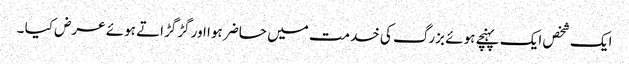
ایک شخص ایک پہنچے ہوئے بزرگ کی خدمت میں حاضر ہوا اور گڑگڑاتے ہوئے عرض کیا ۔